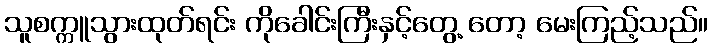
သူစက္ကူသွားထုတ်ရင်း ကိုခေါင်းကြီးနှင့်တွေ့ တော့ မေးကြည့်သည်။